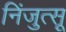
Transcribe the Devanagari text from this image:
निंजुत्सू